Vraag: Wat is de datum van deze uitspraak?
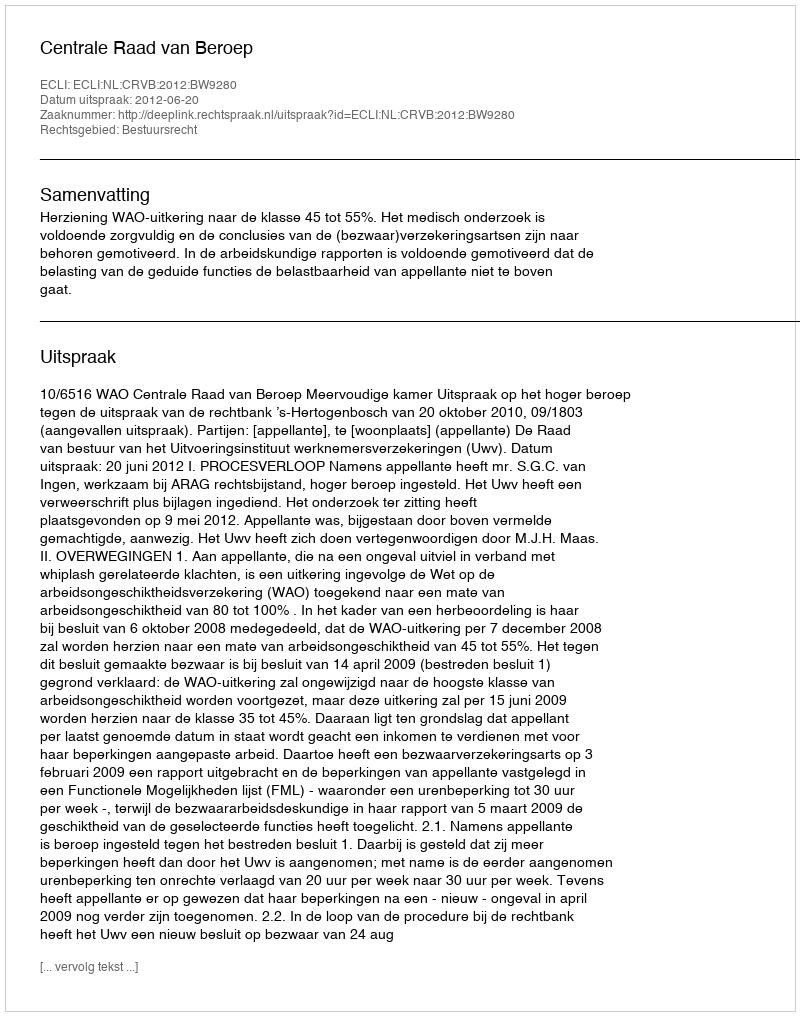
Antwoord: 2012-06-20